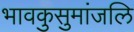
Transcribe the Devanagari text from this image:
भावकुसुमांजलि